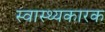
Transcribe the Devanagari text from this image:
स्वास्थ्यकारक